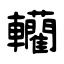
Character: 轥